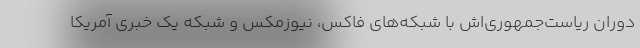
دوران ریاست‌جمهوری‌اش با شبکه‌های فاکس، نیوزمکس و شبکه یک خبری آمریکا